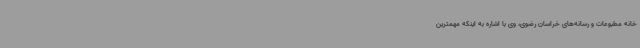
خانه مطبوعات و رسانه‌های خراسان رضوی، وی با اشاره به اینکه مهمترین